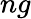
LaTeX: ng